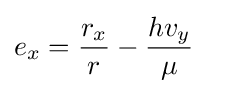
e_{x}={\frac {r_{x}}{r}}-{\frac {hv_{y}}{\mu }}\quad